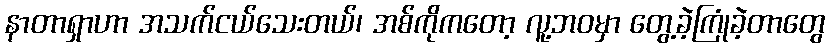
နာတာရှာဟာ အသက်ငယ်သေးတယ်၊ အစ်ကိုကတော့ လူ့ဘဝမှာ တွေ့ခဲ့ကြုံခဲ့တာတွေ